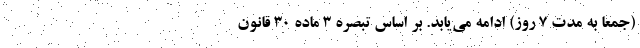
(جمعاً به مدت ۷ روز) ادامه می‌یابد. بر اساس تبصره ۳ ماده ۳۰ قانون